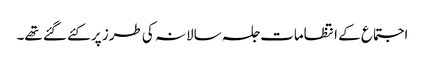
اجتماع کے انتظامات جلسہ سالانہ کی طرز پر کئے گئے تھے۔